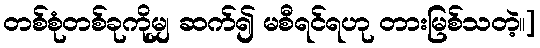
တစ်စုံတစ်ခုကိုမျှ ဆက်၍ မစီရင်ရဟု တားမြစ်သတဲ့။]